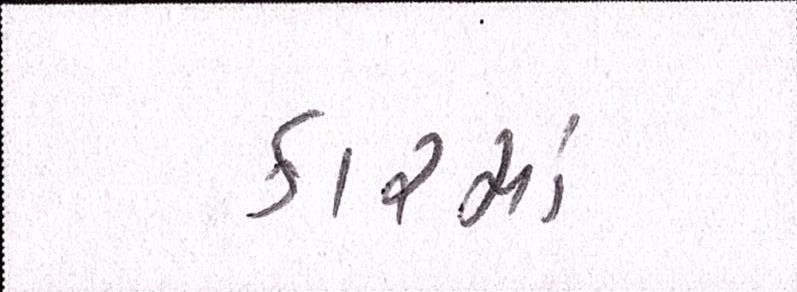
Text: કારમાં